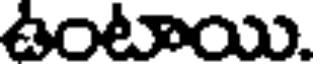
ఉంటాయి.